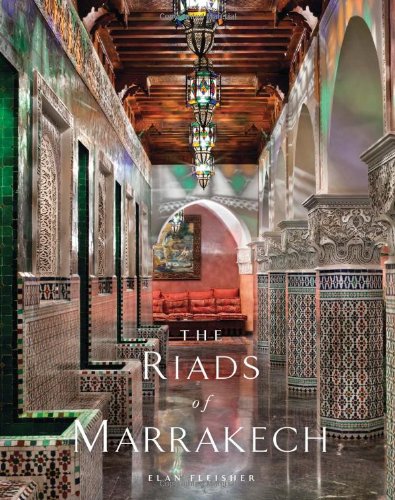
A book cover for The Riads of Marrakech; Elan Fleisher; Travel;